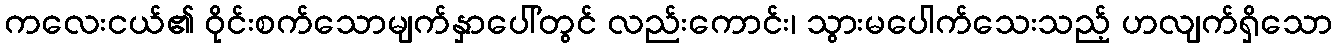
ကလေးငယ်၏ ဝိုင်းစက်သောမျက်နှာပေါ်တွင် လည်းကောင်း၊ သွားမပေါက်သေးသည့် ဟလျက်ရှိသော